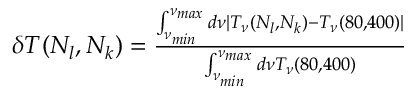
\begin{array} { r } { \delta T ( N _ { l } , N _ { k } ) = \frac { \int _ { \nu _ { m i n } } ^ { \nu _ { m a x } } d \nu | T _ { \nu } ( N _ { l } , N _ { k } ) - T _ { \nu } ( 8 0 , 4 0 0 ) | } { \int _ { \nu _ { m i n } } ^ { \nu _ { m a x } } d \nu T _ { \nu } ( 8 0 , 4 0 0 ) } } \end{array}